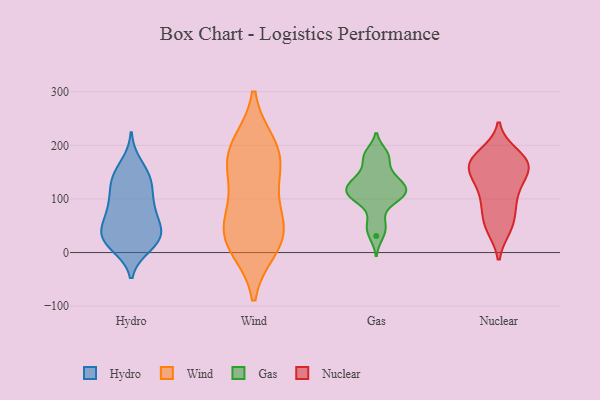
{"axis": {"x": "LTV (USD)", "y": "Value"}, "legend": ["Gas", "Hydro", "Nuclear", "Wind"], "data": [{"x": "", "y": 165, "type": "Hydro"}, {"x": "", "y": 24, "type": "Hydro"}, {"x": "", "y": 95, "type": "Hydro"}, {"x": "", "y": 44, "type": "Hydro"}, {"x": "", "y": 132, "type": "Hydro"}, {"x": "", "y": 90, "type": "Hydro"}, {"x": "", "y": 23, "type": "Hydro"}, {"x": "", "y": 25, "type": "Hydro"}, {"x": "", "y": 65, "type": "Hydro"}, {"x": "", "y": 23, "type": "Hydro"}, {"x": "", "y": 70, "type": "Hydro"}, {"x": "", "y": 95, "type": "Hydro"}, {"x": "", "y": 131, "type": "Hydro"}, {"x": "", "y": 141, "type": "Hydro"}, {"x": "", "y": 12, "type": "Hydro"}, {"x": "", "y": 31, "type": "Hydro"}, {"x": "", "y": 141, "type": "Hydro"}, {"x": "", "y": 47, "type": "Hydro"}, {"x": "", "y": 11, "type": "Wind"}, {"x": "", "y": 68, "type": "Wind"}, {"x": "", "y": 200, "type": "Wind"}, {"x": "", "y": 43, "type": "Wind"}, {"x": "", "y": 30, "type": "Wind"}, {"x": "", "y": 164, "type": "Wind"}, {"x": "", "y": 172, "type": "Wind"}, {"x": "", "y": 25, "type": "Wind"}, {"x": "", "y": 192, "type": "Wind"}, {"x": "", "y": 115, "type": "Wind"}, {"x": "", "y": 46, "type": "Gas"}, {"x": "", "y": 102, "type": "Gas"}, {"x": "", "y": 114, "type": "Gas"}, {"x": "", "y": 108, "type": "Gas"}, {"x": "", "y": 59, "type": "Gas"}, {"x": "", "y": 116, "type": "Gas"}, {"x": "", "y": 185, "type": "Gas"}, {"x": "", "y": 151, "type": "Gas"}, {"x": "", "y": 104, "type": "Gas"}, {"x": "", "y": 140, "type": "Gas"}, {"x": "", "y": 179, "type": "Gas"}, {"x": "", "y": 31, "type": "Gas"}, {"x": "", "y": 131, "type": "Gas"}, {"x": "", "y": 128, "type": "Gas"}, {"x": "", "y": 96, "type": "Gas"}, {"x": "", "y": 123, "type": "Gas"}, {"x": "", "y": 179, "type": "Gas"}, {"x": "", "y": 87, "type": "Nuclear"}, {"x": "", "y": 160, "type": "Nuclear"}, {"x": "", "y": 47, "type": "Nuclear"}, {"x": "", "y": 139, "type": "Nuclear"}, {"x": "", "y": 172, "type": "Nuclear"}, {"x": "", "y": 157, "type": "Nuclear"}, {"x": "", "y": 46, "type": "Nuclear"}, {"x": "", "y": 55, "type": "Nuclear"}, {"x": "", "y": 86, "type": "Nuclear"}, {"x": "", "y": 168, "type": "Nuclear"}, {"x": "", "y": 170, "type": "Nuclear"}, {"x": "", "y": 114, "type": "Nuclear"}, {"x": "", "y": 114, "type": "Nuclear"}, {"x": "", "y": 184, "type": "Nuclear"}, {"x": "", "y": 147, "type": "Nuclear"}, {"x": "", "y": 171, "type": "Nuclear"}]}